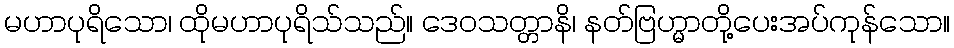
မဟာပုရိသော၊ ထိုမဟာပုရိသ်သည်။ ဒေဝသတ္တာနိ၊ နတ်ဗြဟ္မာတို့ပေးအပ်ကုန်သော။